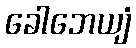
ခေါဘေယျံ